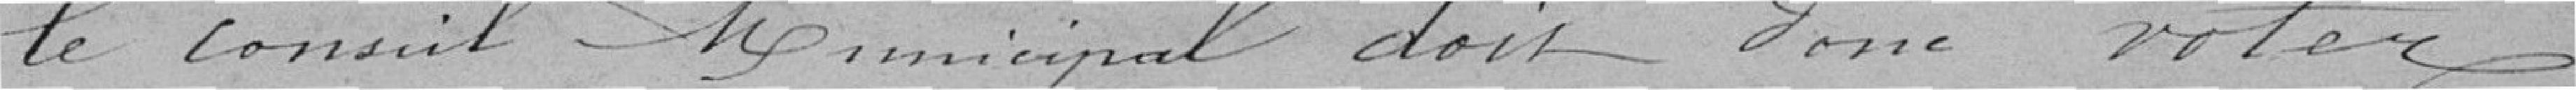
le Conseil municipal doit donc voter